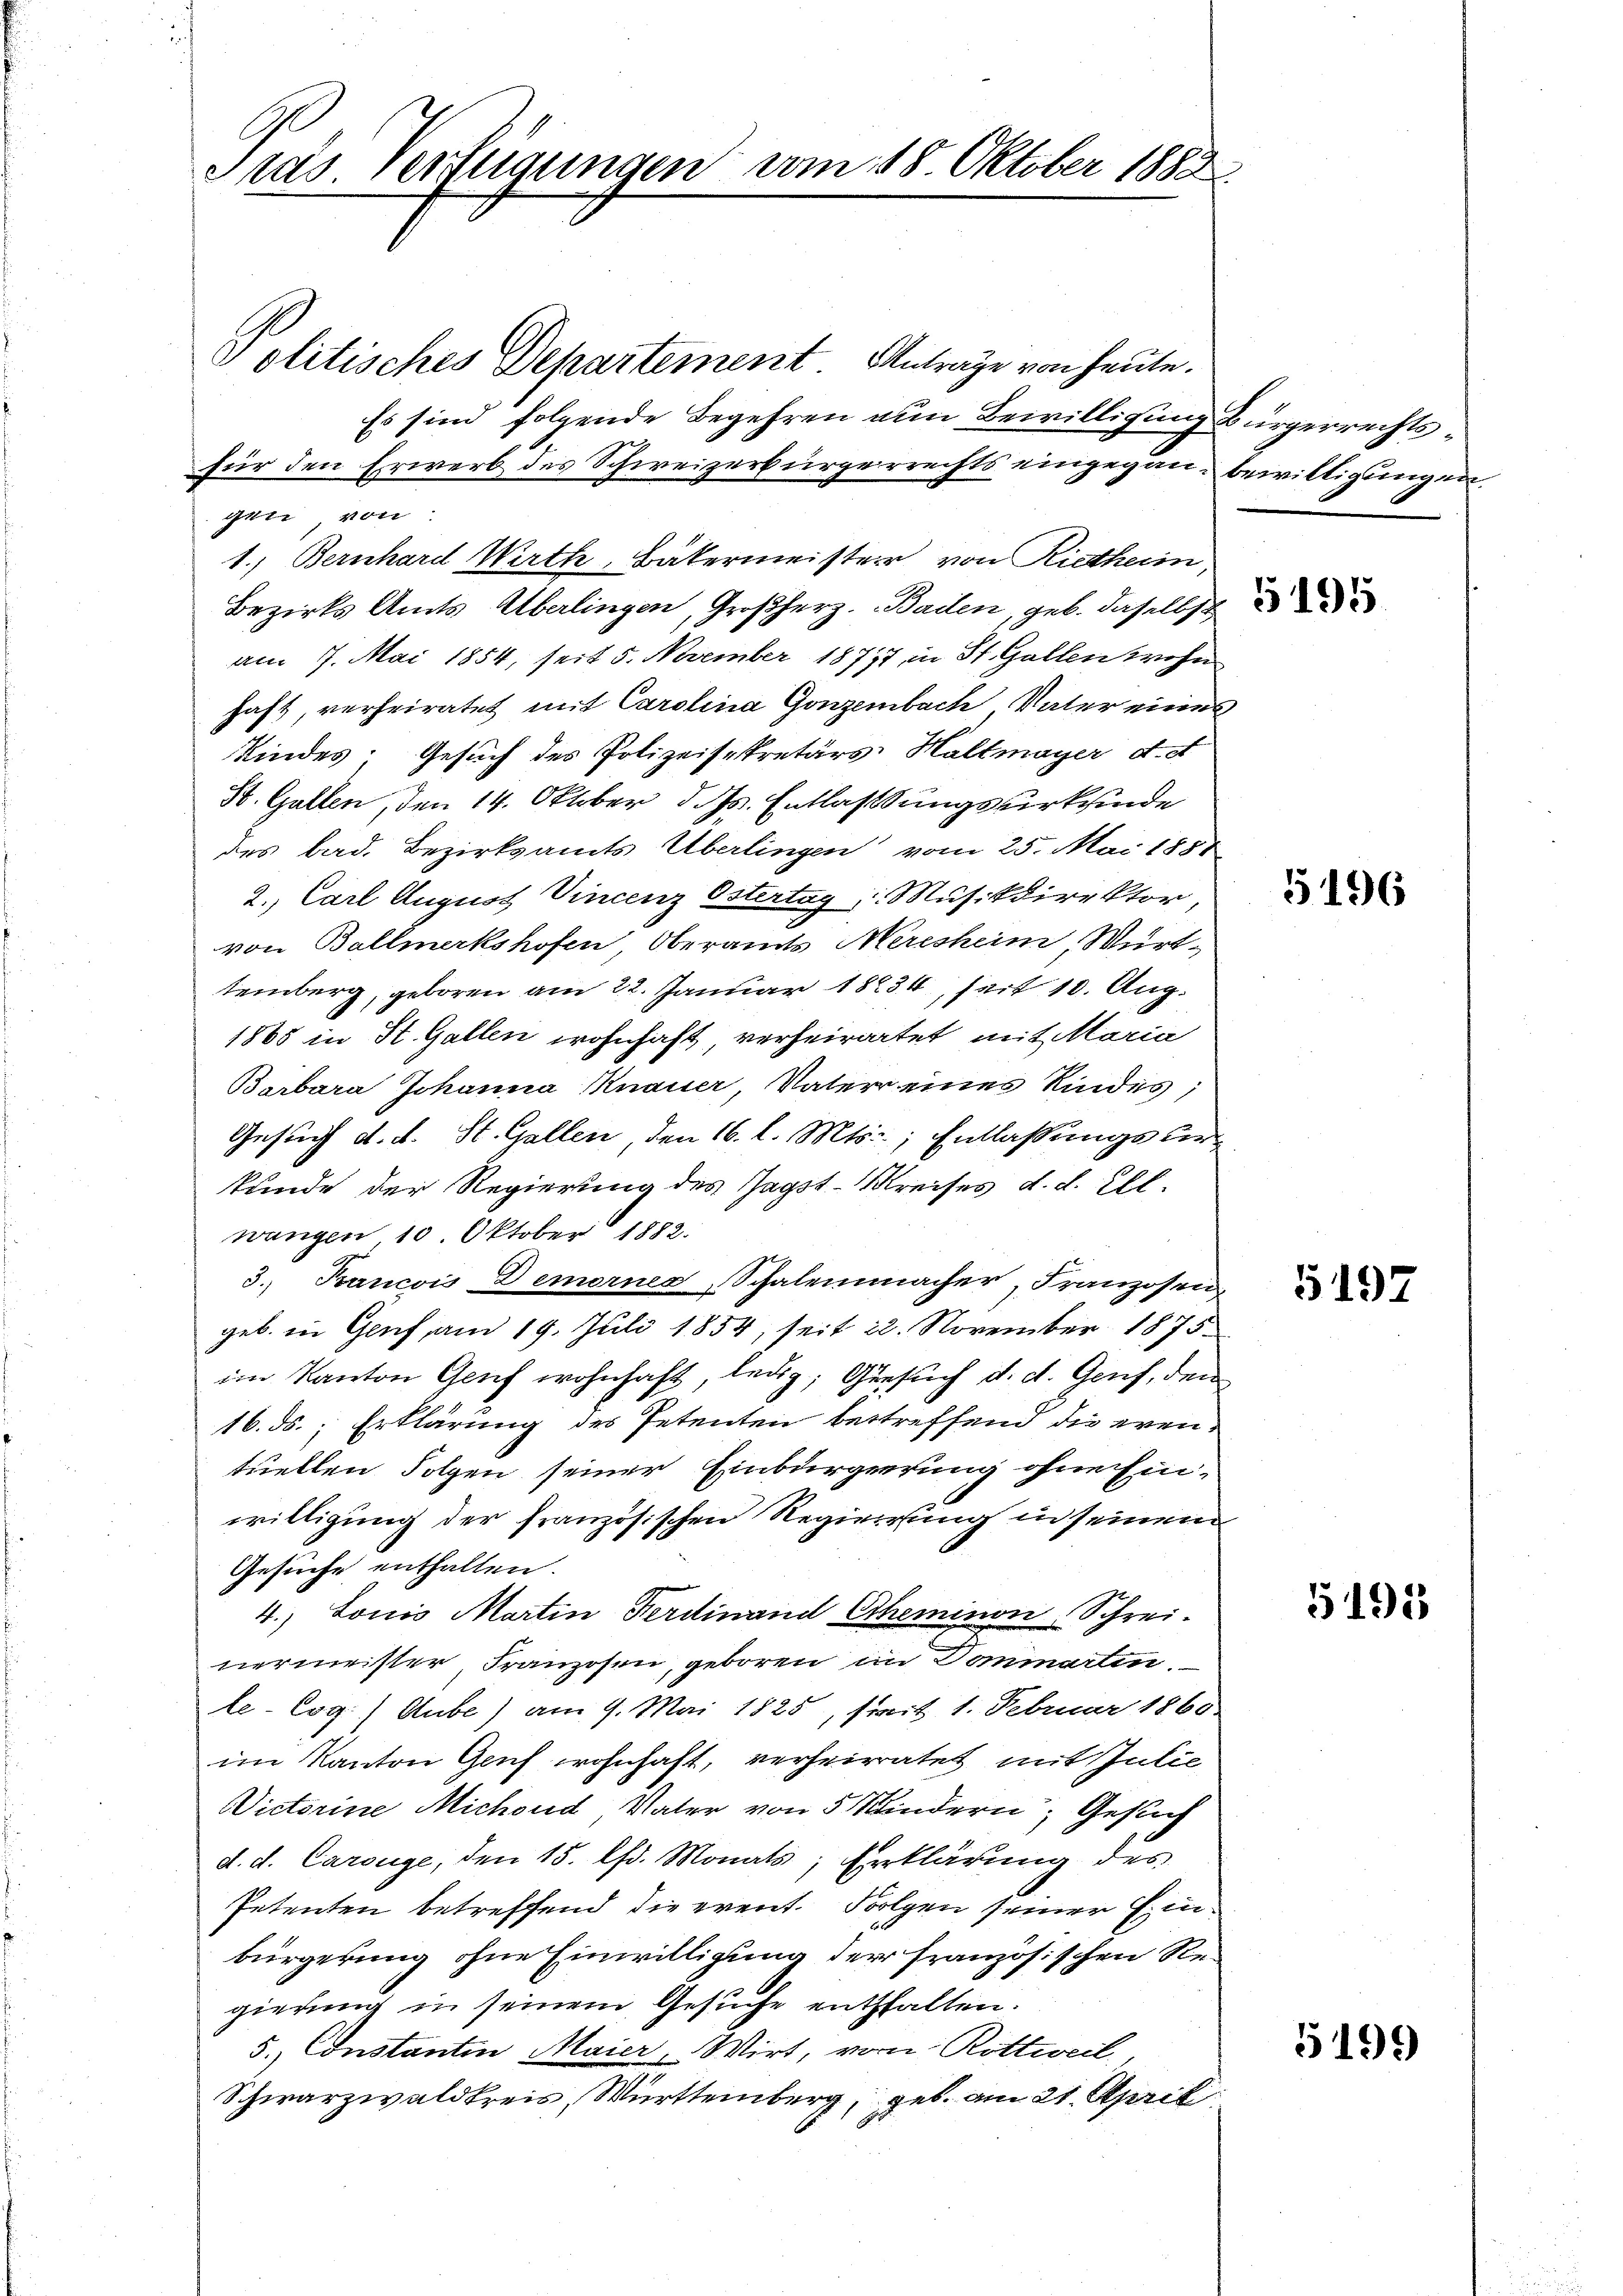
Präs. Verfügungen vom 18. Oktober 1882

Politisches Departement Antrage von heute.
Es sind folgende Begehren nun Bewilligung Bürgerrechtsfür den Erwerb des Schweizerbürgerrechts eingegann bewilligungen
gen, von
1.) Bernhard Wirth, Bäkermeister von Rietheim,
Bezirks Amts Überlingen, Großherz. Bailen, geb. daselbst
am 7. Mai 1854, seit 5. November 1877 in St. Gallen wohn
haft, verheiratet mit Carolina Gonzenbach Vater eines
Kindes. Gesuch des Polizeisekretärs: Haltmayer d. d
St. Gallen, den 14. Oktober d. Js. Entlassungsurkunde
des bad. Bezirksamts Überlingen vom 25. Mai 1858
2. Carl August Vincenz Östertag, Musikdirektor,
von Ballmerkshofen, Oberamts Meresheim, Württemberg, geboren am 22. Januar 18234, seit 10. Aug.
1885 in St. Gallen wohnhaft, verheiratet, mit Maria
Barbara Johanna Knauer, Vater eines Kindes;
Gesuch d. d. St. Gallen, den 16. l. Mts., Entlassungsurkunde der Regierung des sagst-Kreises d. d. Ell.
wangen 10 Oktober 1882.
3. Bancois Demornes Schalenmacher, Franzosen
geb. in Genf, am 19. Juli 1854, seit 22. November 1875
im Kanton Genf wohnhaft, leug; Gesuch d. d. Genf, den
16. ds. Erklärung des Petenten betreffend die eventuellen Folgen seiner Einbürgerung ohne Einwilligung der französischen Regierung in seinem
Gesuche enthalten.
4.) Louis Martin Ferdinand Cheminen Schrei-
nermeister, Franzosen, geboren im Dominartin.
le- Cog) Aube) am 9. Mai 1825, sprit 1. Februar 1860.
im Kanton Genf wohnhaft, verheiratet mit Julie
Victorine Michoud Vater von 5 Kindern, Gesuch
d. d. Carouge, den 15. lt. Monats, Erklärung des
Petenten betreffend die event. Folgen seiner Einbürgerung ohne Einwilligung der französischen Regierung in seinem Gesuche enthalten.
5.) Constantin Maier, Wirt, von Rottweil,
Schwarzwaldkreis, Württemberg, geb. am 21. April

5195

5196

5197

5191

5199